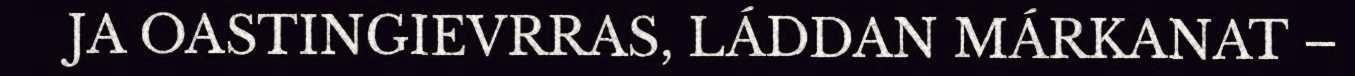
JA OASTINGIEVRRAS, LÁDDAN MÁRKANAT –